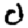
Digit: 0